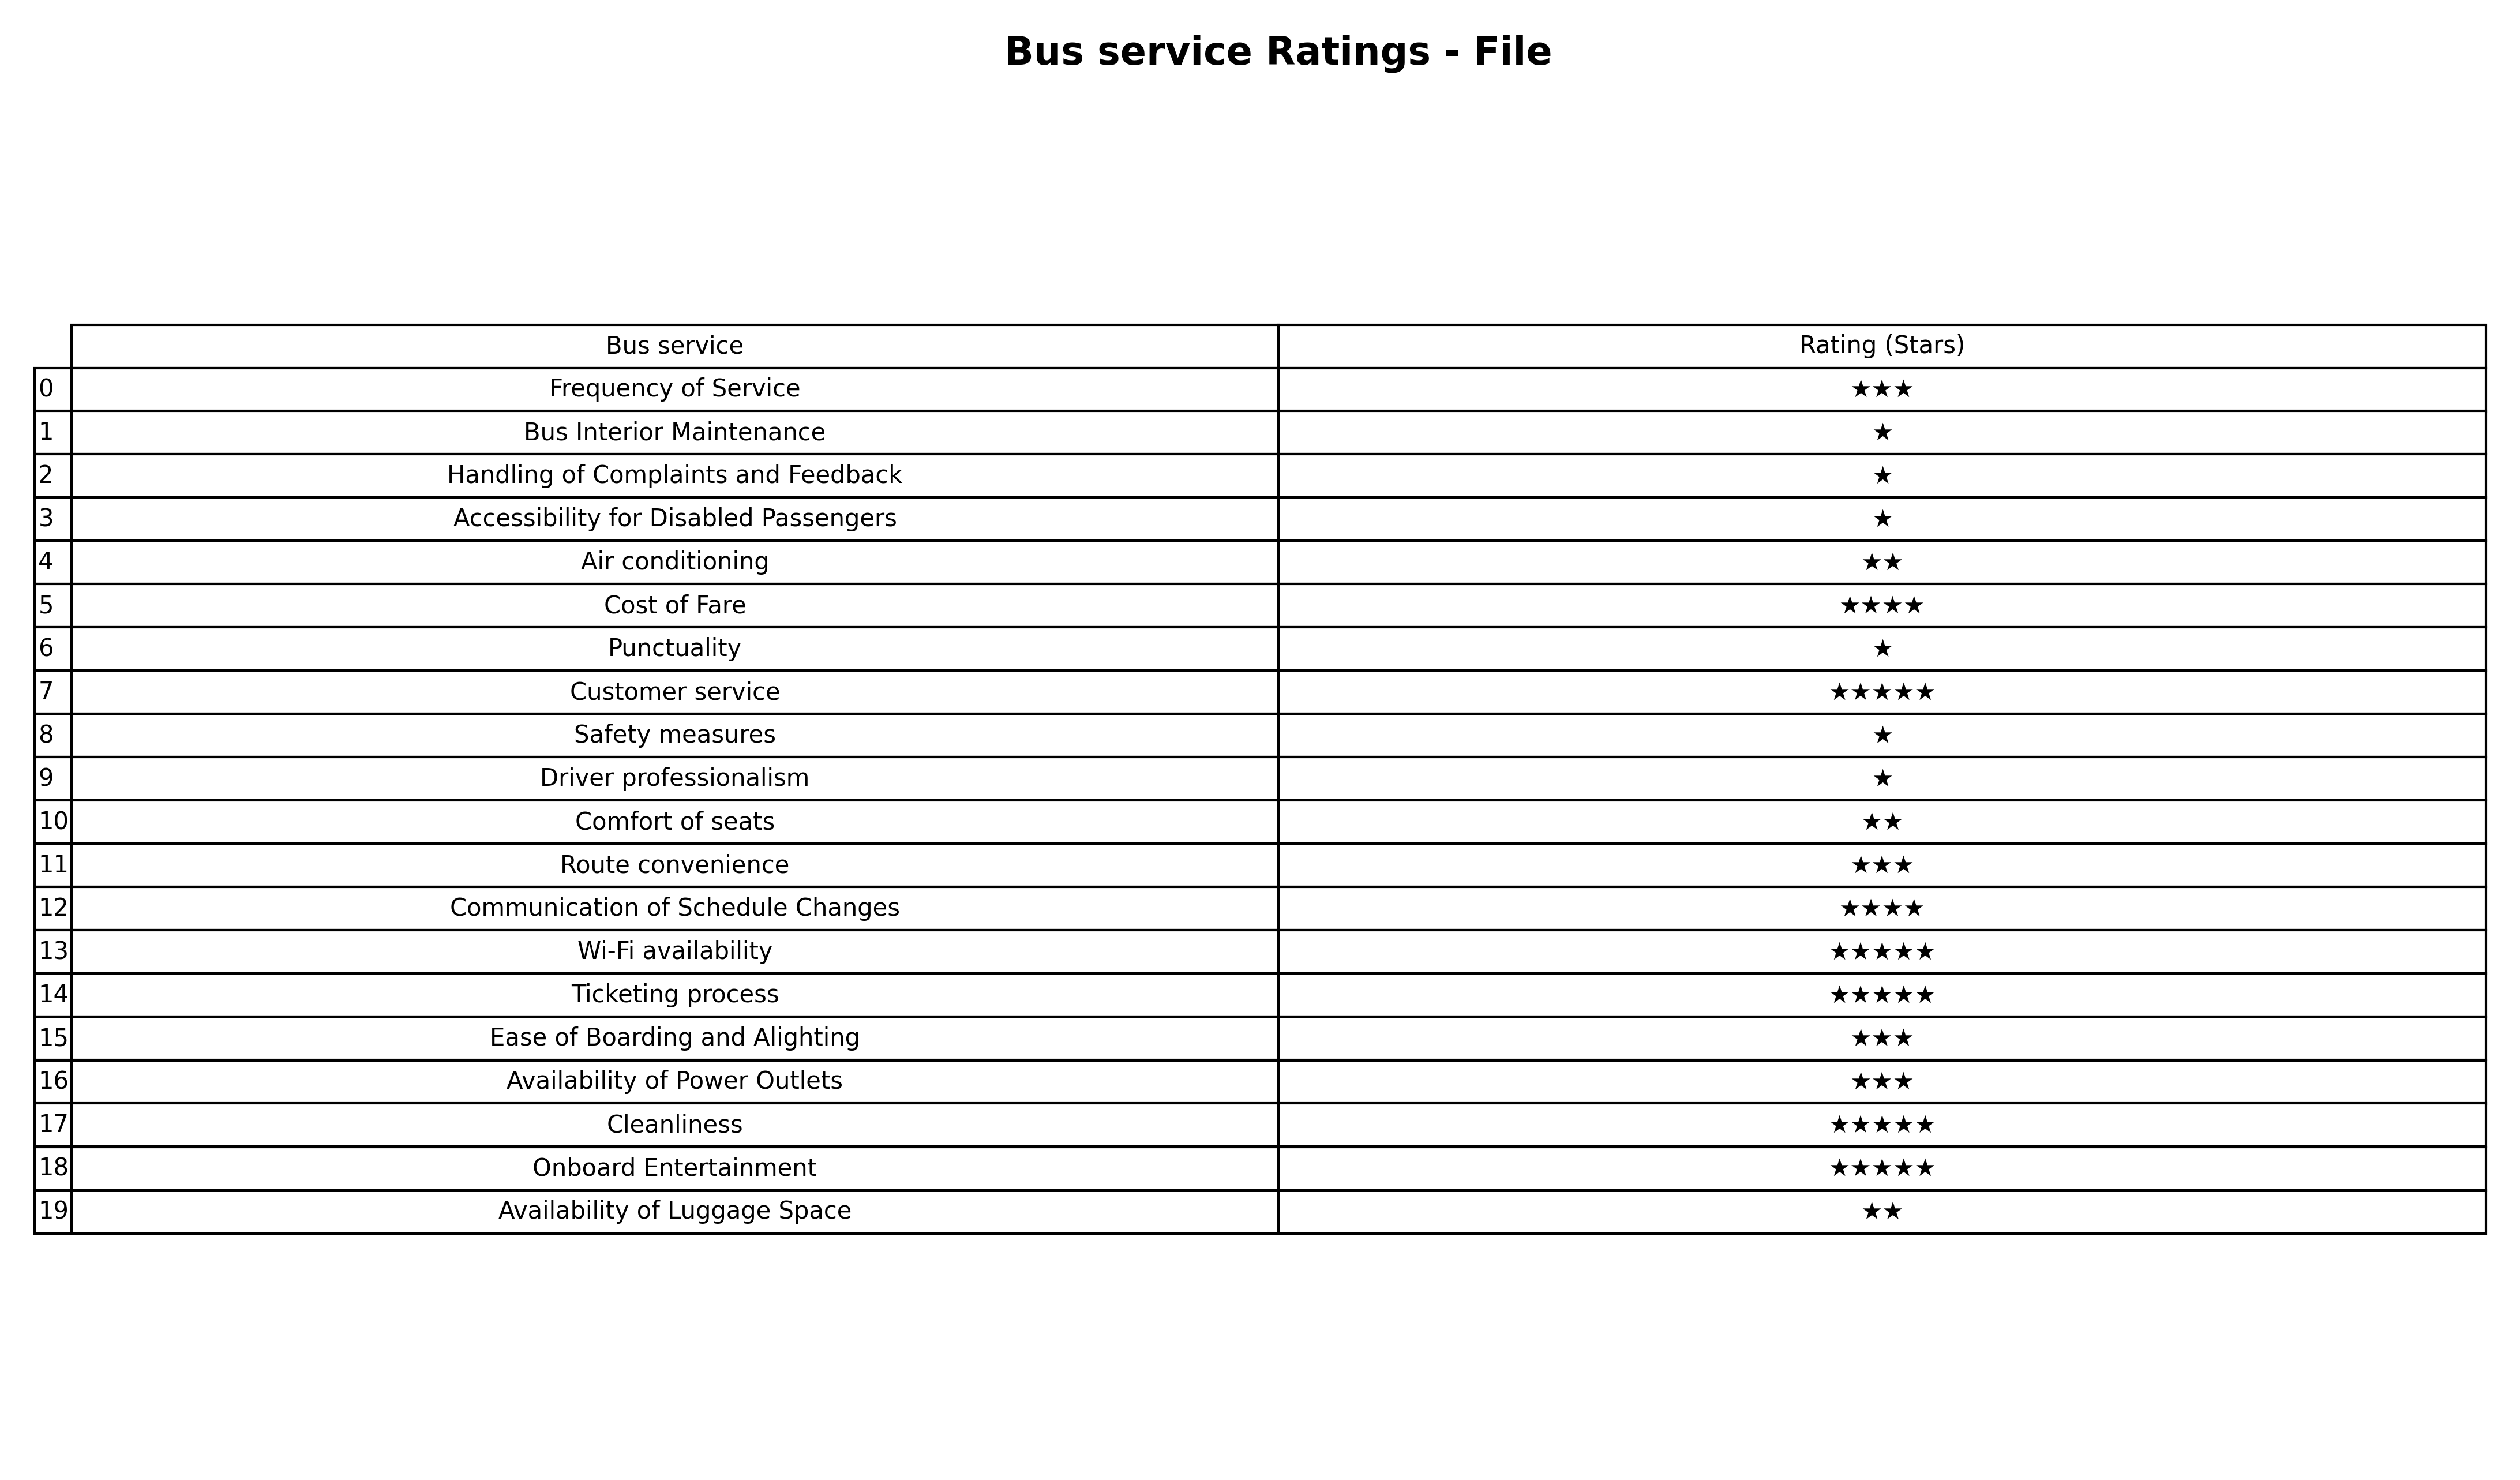
question: Which services are rated average?
answer: Frequency of ServiceRoute convenienceEase of Boarding and AlightingAvailability of Power Outlets